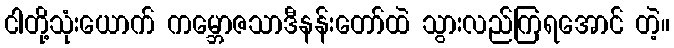
ငါတို့သုံးယောက် ကမ္ဘောဇသာဒီနန်းတော်ထဲ သွားလည်ကြရအောင် တဲ့။